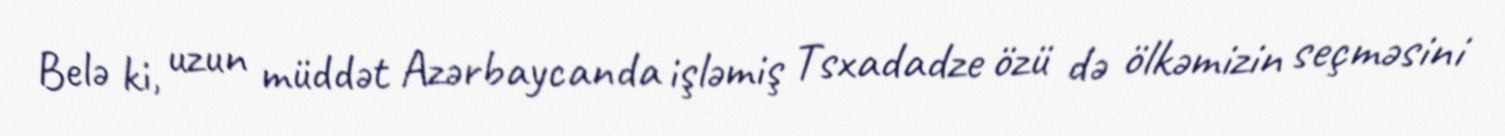
Belə ki, uzun müddət Azərbaycanda işləmiş Tsxadadze özü də ölkəmizin seçməsini